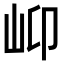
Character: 𡵙